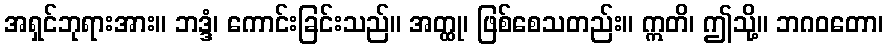
အရှင်ဘုရားအား။ ဘဒ္ဒံ၊ ကောင်းခြင်းသည်။ အတ္ထု၊ ဖြစ်စေသတည်း။ ဣတိ၊ ဤသို့။ ဘဂဝတော၊